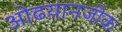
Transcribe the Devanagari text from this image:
ओढय़ानजीक